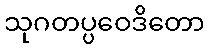
သုဂတပ္ပဝေဒိတော